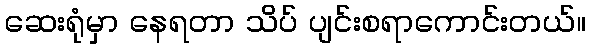
ဆေးရုံမှာ နေရတာ သိပ် ပျင်းစရာကောင်းတယ်။